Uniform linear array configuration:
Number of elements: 8
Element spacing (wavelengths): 0.5
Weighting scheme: cosine
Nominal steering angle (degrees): -45
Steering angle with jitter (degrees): -45.365
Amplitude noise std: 0.05
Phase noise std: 0.05

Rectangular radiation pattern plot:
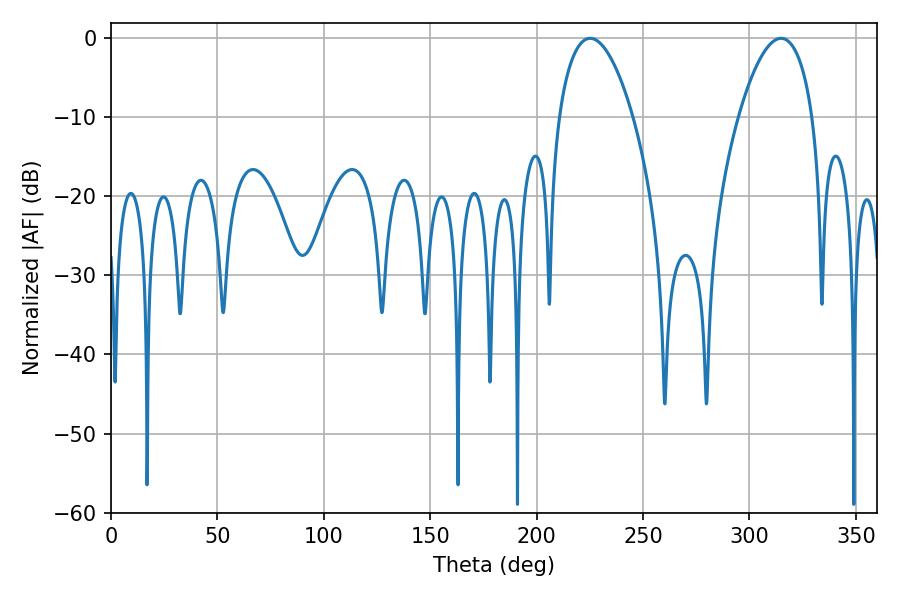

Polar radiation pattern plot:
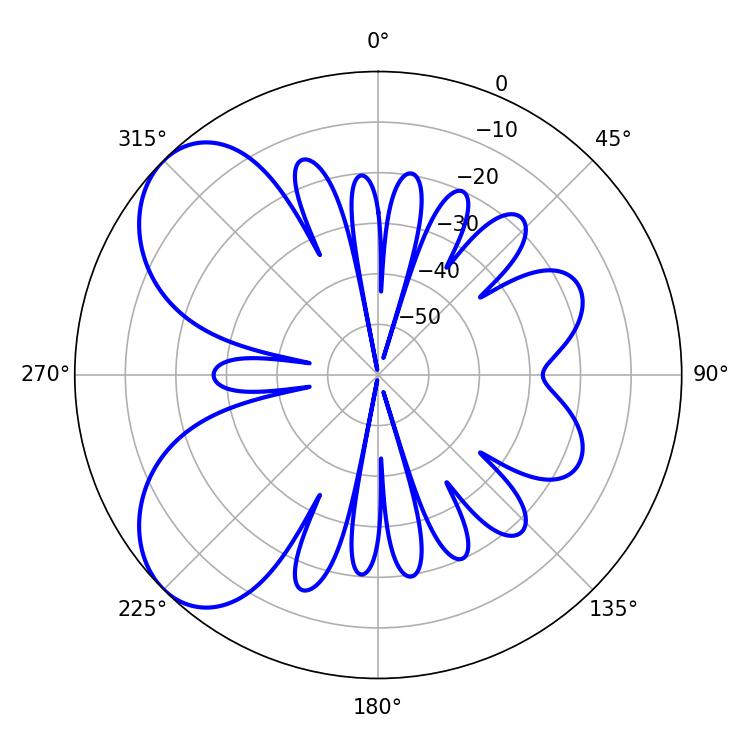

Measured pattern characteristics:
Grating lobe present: FALSE
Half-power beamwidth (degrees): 19.44
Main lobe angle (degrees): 225.18